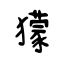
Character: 獴